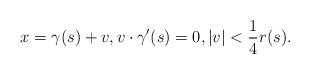
LaTeX: \begin{align*}x = \gamma(s) + v, v\cdot \gamma'(s) = 0, |v|< \frac 14 r(s).\end{align*}